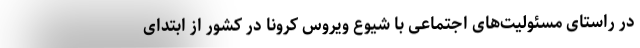
در راستای مسئولیت‌های اجتماعی با شیوع ویروس کرونا در کشور از ابتدای